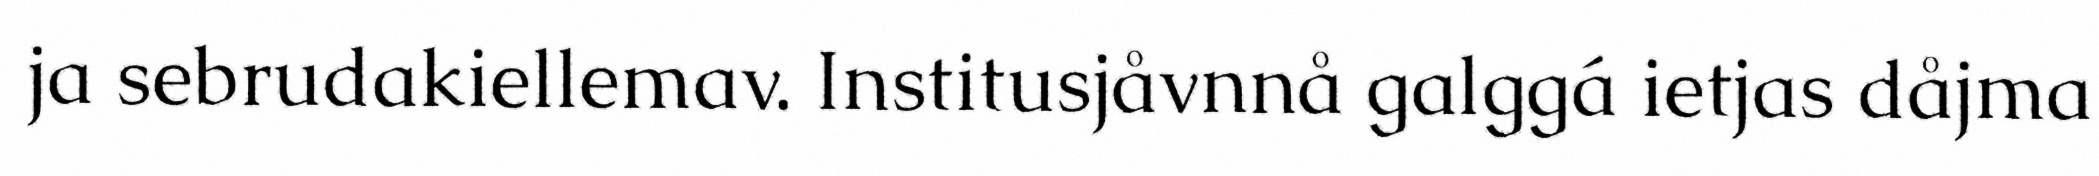
ja sebrudakiellemav. Institusjåvnnå galggá ietjas dåjma